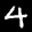
Label: 4